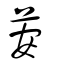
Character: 荌